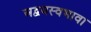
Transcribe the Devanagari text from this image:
अद्वयस्वभावा